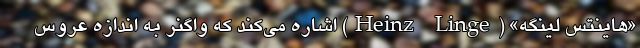
«هاینتس لینگه» (Heinz Linge) اشاره می‌کند که واگنر به اندازه عروس